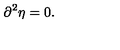
\partial ^ { 2 } \eta = 0 .